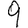
Digit: 9